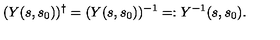
( Y ( s , s _ { 0 } ) ) ^ { \dag } = ( Y ( s , s _ { 0 } ) ) ^ { - 1 } = : Y ^ { - 1 } ( s , s _ { 0 } ) .